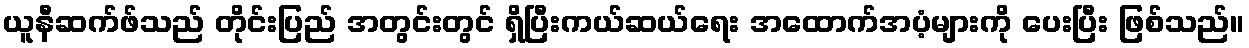
ယူနီဆက်ဖ်သည် တိုင်းပြည် အတွင်းတွင် ရှိပြီးကယ်ဆယ်ရေး အထောက်အပံ့များကို ပေးပြီး ဖြစ်သည်။